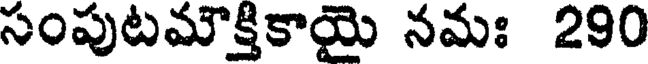
సంపుటమౌక్తికాయై నమః 290